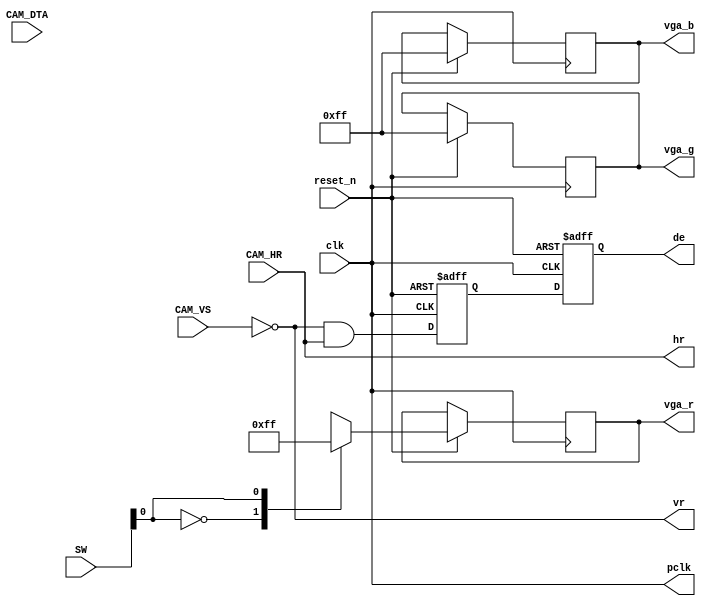
module HDMI_VPG #(
	// VGA 640x480 parameter
	// Horizontal
	parameter 		[11:0]		h_total 	= 12'd799,
	parameter 		[11:0]		h_sync	= 12'd95,
	parameter		[11:0]		h_start  = 12'd141,
	parameter 		[11:0]		h_end   	= 12'd781,
	// Vertival
	parameter 		[11:0]		v_total 	= 12'd524,
	parameter 		[11:0]		v_sync	= 12'd1,
	parameter		[11:0]		v_start  = 12'd34,
	parameter 		[11:0]		v_end   	= 12'd514
	) (
	input							clk,
	input	 						reset_n,
	input				[1:0] 	SW,
	input				[7:0]		CAM_DTA,
	input	CAM_HR,
	input CAM_VS,
	output						pclk,
	output	reg				de,
	output					hr,
	output					vr,
	output	reg	[7:0]		vga_r,
	output 	reg	[7:0]		vga_g,
	output	reg	[7:0] 	vga_b
	);
	reg hs;
	reg vs;
	assign hr = CAM_HR;
	assign vr = !CAM_VS;
	// Reg/Wire //
	reg	[11:0]	h_count;
	reg	[11:0]	v_count;
	reg				h_act; 
	reg				v_act;
	reg				pre_vga_de;
	wire				h_max, hs_end, hr_start, hr_end;
	wire				v_max, vs_end, vr_start, vr_end;
	
	// Frame Condition
	assign h_max = h_count == h_total;
	assign hs_end = h_count >= h_sync;
	assign hr_start = h_count == h_start; 
	assign hr_end = h_count == h_end;
	assign v_max = v_count == v_total;
	assign vs_end = v_count >= v_sync;
	assign vr_start = v_count == v_start; 
	assign vr_end = v_count == v_end;
	assign pclk = clk;
	reg t_pclk;
   //assign pclk = t_pclk;
	
	always@(negedge pclk)
	begin
		if (!reset_n)	t_pclk <= 1'b0;				
		else				t_pclk <= ~t_pclk;
	end
	
	// Horizontal Control Signals
	
	always @(posedge clk or negedge reset_n) 
	begin
		 if (!reset_n)
		 begin
			  h_count <= 1'b0;
			  hs      <= 1'b1;
			  h_act   <= 1'b0;
		 end
		 else
		 begin
			if (h_max)
				h_count <= 12'b0;
			else
				h_count <= h_count + 12'b1;
			  
			if (hs_end && !h_max)
				hs	<=	1'b1;
			else
				hs	<=	1'b0;

			if (hr_start)
				h_act		<=	1'b1;
			else if (hr_end)
				h_act		<=	1'b0;
		 end
	end
	
	
	// Vertical Control Signals
	always @(posedge clk or negedge reset_n) 
	begin
		 if(!reset_n)
		 begin
			  v_count <= 1'b0;
			  vs      <= 1'b1;
			  v_act   <= 1'b1;
		 end
		 else
		 begin
			  if(h_max)
			  begin
					if (v_max)
						v_count <= 12'b0;
					else
						v_count <= v_count + 12'b1;

					if (vs_end && !v_max)
						 vs <= 1'b1;
					else
						 vs <= 1'b0;

					if (vr_start)
						 v_act <= 1'b1;
					else if (vr_end)
						 v_act <= 1'b0;
			  end
		 end
	end
	
	// Pattern Generator
	`define col  		12'd270
	`define width1  	12'd100
	`define width2  	12'd300
	`define len1 	 	12'd80
	`define len2 		12'd180
	`define row 		12'd190

	reg [11:0] width; 
	reg [11:0] len;
	
	reg full_pixel;
	reg [2:0] t_vga_g;
	reg [4:0] t_vga_r;
	
	always @(posedge clk or negedge reset_n)
	begin
		if (!reset_n)
		begin 
				de <= 1'b0;
				pre_vga_de  <= 1'b0;
				full_pixel <= 1'b0;
		end
		else
		begin
			de     <= pre_vga_de;
			//pre_vga_de <= v_act && h_act;
			pre_vga_de <= vr && hr;
		/*
			if (full_pixel)
			begin
				vga_r <= {t_vga_r, 3'b0};
				vga_b <= {CAM_DTA[4:0], 3'b0};
				vga_g <= {1'b0, t_vga_g, CAM_DTA[7:5], 2'b0};
				full_pixel <= ~full_pixel;
			end
			else
			begin
				t_vga_r <= CAM_DTA[7:3];
				t_vga_g <= CAM_DTA[2:0];
				full_pixel <= ~full_pixel;
			end
		*/
		case (SW[0])
			1'b0 : {vga_r, vga_g, vga_b} <= {8'h00, 8'hFF, 8'hFF};	
			1'b1 : {vga_r, vga_g, vga_b} <= {8'hFF, 8'hFF, 8'hFF};	
			default : {vga_r, vga_g, vga_b} <= {8'h00, 8'h00, 8'h00};	
		endcase
		
		/*
			  case (SW[0])
					1'b0 : width <= `width1;
					1'b1 : width <= `width2;
					default: width <= `width1;
			  endcase

			  case (SW[1])
					0: len <= `len1;
					1: len <= `len2;
					default: len <= `len1;
			  endcase

			  if (v_count == `row && h_count >= `col && h_count <= `col + width)
					{vga_r, vga_g, vga_b} <= {8'h00, 8'hFF, 8'hFF};
			  else if (v_count == `row + len && h_count >= `col && h_count <= `col + width)
					{vga_r, vga_g, vga_b} <= {8'h00, 8'hFF, 8'hFF};
			  else if (h_count == `col && v_count >= `row && v_count <= `row + len)
					{vga_r, vga_g, vga_b} <= {8'h00, 8'hFF, 8'hFF};
			  else if (h_count == `col + width && v_count >= `row && v_count <= `row + len)
					{vga_r, vga_g, vga_b} <= {8'h00, 8'hFF, 8'hFF};
			  else
					{vga_r, vga_g, vga_b} <= {8'h00, 8'h00, 8'h00};
			*/
		end
	end
	
endmodule